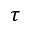
\tau